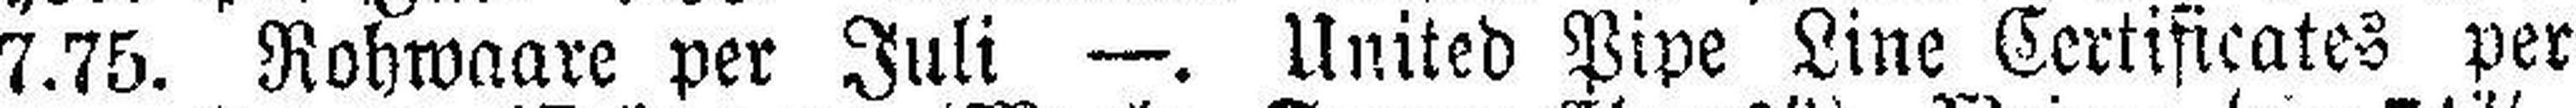
7.75. Rohwaare per Juli —. United Pipe Line Certificates per